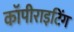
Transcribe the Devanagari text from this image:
कॉपीराइटिंग